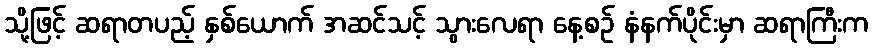
သို့ဖြင့် ဆရာတပည့် နှစ်ယောက် အဆင်သင့် သွားလေရာ နေ့စဉ် နံနက်ပိုင်းမှာ ဆရာကြီးက